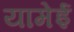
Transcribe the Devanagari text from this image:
यामेई